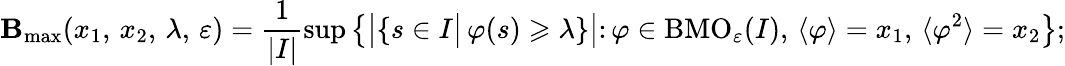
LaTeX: {\mathbf B}_{\operatorname*{max}}(x_{1},\, x_{2},\, \lambda,\, \varepsilon)=\frac{1}{|I|}\operatorname*{sup}\left\{ \left|\left\{ s\in I\big|\, \varphi(s)\geqslant\lambda\right\} \right|\colon\varphi\in\mathrm{BMO}_{\varepsilon}(I),\, \langle\varphi\rangle=x_{1},\, \langle\varphi^{2}\rangle=x_{2}\right\} ;